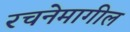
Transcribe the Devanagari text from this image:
रचनेमागील